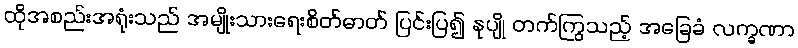
ထိုအစည်းအရုံးသည် အမျိုးသားရေးစိတ်ဓာတ် ပြင်းပြ၍ နုပျို တက်ကြွသည့် အခြေခံ လက္ခဏာ